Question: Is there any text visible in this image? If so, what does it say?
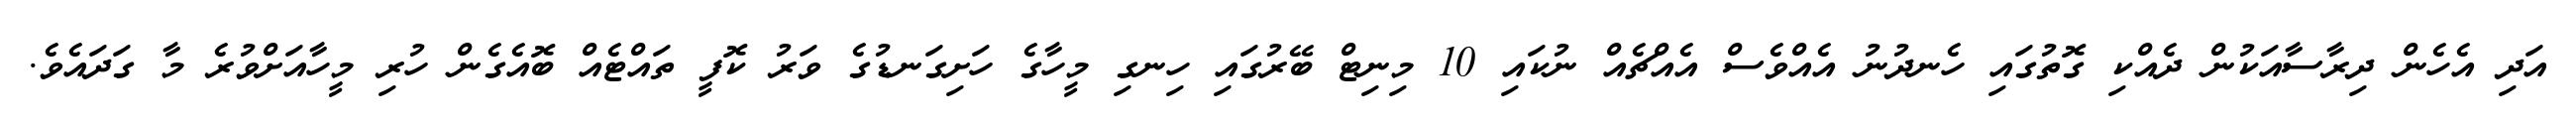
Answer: އަދި އެހެން ދިރާސާއަކުން ދެއްކި ގޮތުގައި ހެނދުނު އެއްވެސް އެއްޗެއް ނުކައި 10 މިނިޓް ބޭރުގައި ހިނގި މީހާގެ ހަށިގަނޑުގެ ވަރު ކޮފީ ތައްޓެއް ބޮއެގެން ހުރި މީހާއަށްވުރެ މާ ގަދައެވެ.